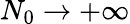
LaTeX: N_{0}\to+\infty